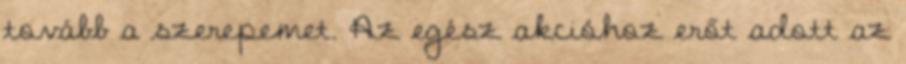
tovább a szerepemet. Az egész akcióhoz erőt adott az